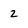
Character: 2